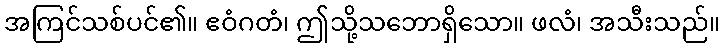
အကြင်သစ်ပင်၏။ ဧဝံဂတံ၊ ဤသို့သဘောရှိသော။ ဖလံ၊ အသီးသည်။